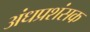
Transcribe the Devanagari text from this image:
अंधप्रशंसक